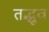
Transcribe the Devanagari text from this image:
तद्भूव